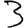
Digit: 3